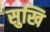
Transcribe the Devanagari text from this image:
सुखि